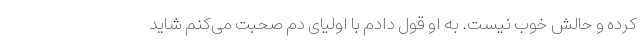
کرده و حالش خوب نیست. به او قول دادم با اولیای دم صحبت می‌کنم شاید